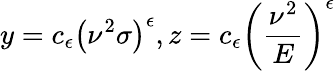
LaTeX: y=c_{\epsilon}\left(\nu^{2}\sigma\right)^{\epsilon},z=c_{\epsilon}\left(\frac{\nu^{2}}{E}\right)^{\epsilon}